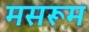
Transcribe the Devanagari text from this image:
मसरूम